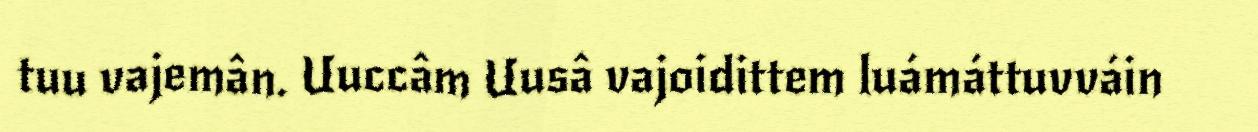
tuu vajemân. Uuccâm Uusâ vajoidittem luámáttuvváin